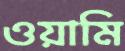
ওয়ামি